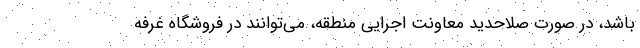
باشد، در صورت صلاحدید معاونت اجرایی منطقه، می­توانند در فروشگاه غرفه